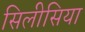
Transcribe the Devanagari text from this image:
सिलीसिया